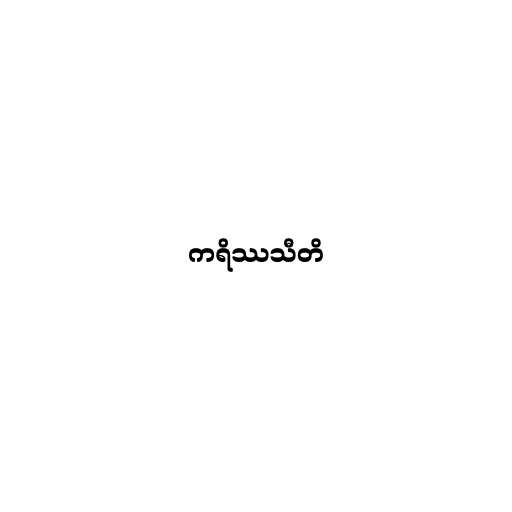
ကရိဿသီတိ